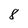
Character: 8